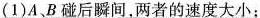
着可视为质点的滑块A，滑块与长木板右侧壁距离为